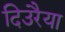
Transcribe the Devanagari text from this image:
दिउरैया